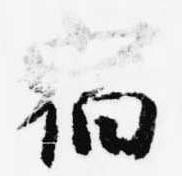
宿